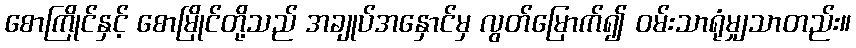
စောကြိုင်နှင့် စောမြိုင်တို့သည် အချုပ်အနှောင်မှ လွတ်မြောက်၍ ဝမ်းသာရုံမျှသာတည်း။